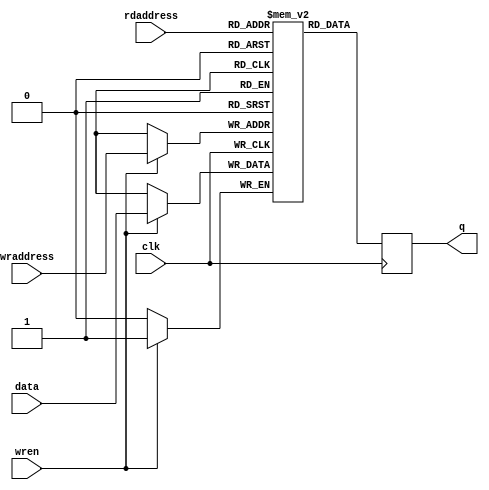
module simple_ram
  #(parameter width     = 1,
    parameter widthad   = 1
    )
   (
    input 		   clk,
    
    input [widthad-1:0]    wraddress,
    input 		   wren,
    input [width-1:0] 	   data,
    
    input [widthad-1:0]    rdaddress,
    output reg [width-1:0] q
    );

reg [width-1:0] mem [(2**widthad)-1:0];

always @(posedge clk) begin
    if(wren) mem[wraddress] <= data;
    
    q <= mem[rdaddress];
end

endmodule